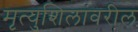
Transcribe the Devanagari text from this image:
मृत्युशिलांवरील